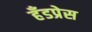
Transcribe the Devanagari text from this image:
हँडप्रेस